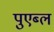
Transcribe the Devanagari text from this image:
पुएब्ल